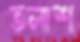
তলাশ